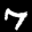
Label: 7